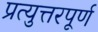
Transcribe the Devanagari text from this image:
प्रत्युत्तरपूर्ण